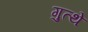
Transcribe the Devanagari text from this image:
गुत्थे